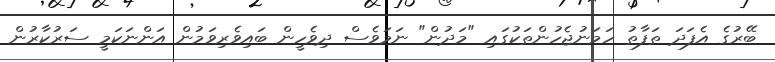
ބޭރުގެ އެފަދަ ތަފާތު ހަމަނުޖެހުންތަކުގައި "މަދުން" ނަމަވެސް ދިވެހީން ބައިވެރިވަމުން އަންނަކަމީ ސަރުކާރުން